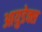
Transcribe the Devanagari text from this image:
आयुडेक्स